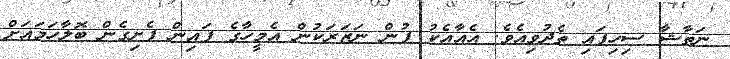
ނަތާޝާ ސިހިފައި ތެދުވިއެވެ. އެއާއެކު ފުން ނަޒަރަކުން އެމީހާގެ ފައިން ފެށިގެން ބޮލާހަމައަށް